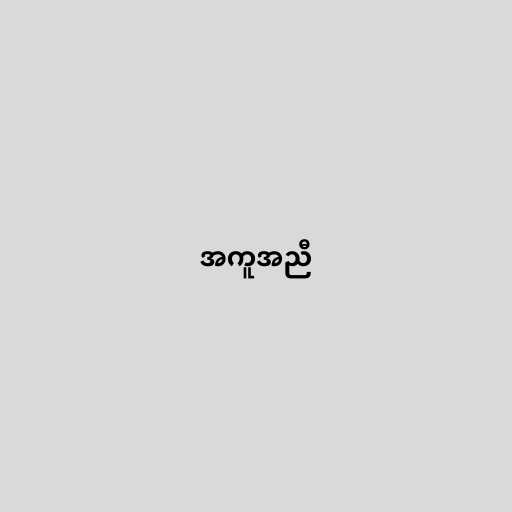
အကူအညီ